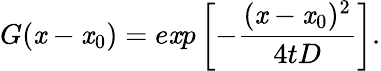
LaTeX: G(\mathit{x}-\mathit{x}_{0})=e\mathit{x}p\left[-\frac{{(\mathit{x}-\mathit{x}_{0})^{2}}}{{4tD}}\right].